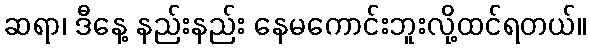
ဆရာ၊ ဒီနေ့ နည်းနည်း နေမကောင်းဘူးလို့ထင်ရတယ်။